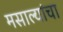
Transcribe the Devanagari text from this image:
मसाल्यांचा